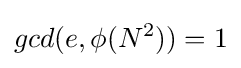
gcd(e,\phi (N^{2}))=1